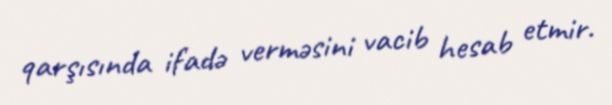
qarşısında ifadə verməsini vacib hesab etmir.